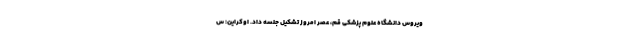
ویروس دانشگاه علوم پزشکی قم، عصر امروز تشکیل جلسه داد. اوکراین: س